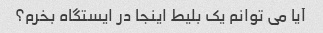
آیا می توانم یک بلیط اینجا در ایستگاه بخرم؟